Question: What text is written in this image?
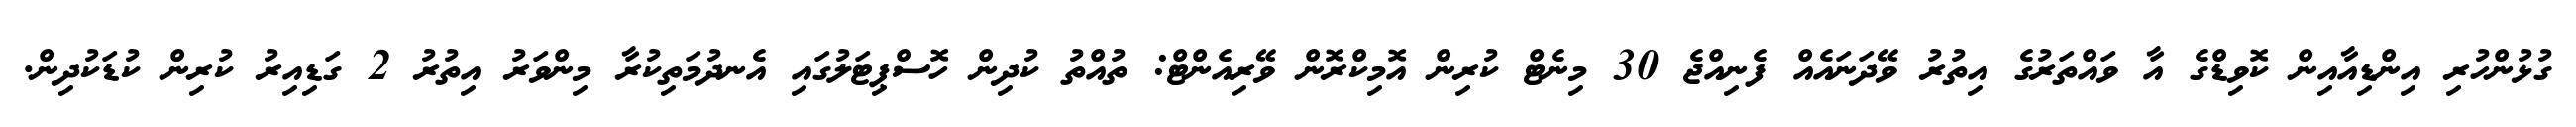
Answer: ގުޅުންހުރި އިންޑިއާއިން ކޮވިޑްގެ އާ ވައްތަރުގެ އިތުރު ވޭދަނައެއް ފެނިއްޖެ 30 މިނެޓް ކުރިން އޮމިކްރޮން ވޭރިއެންޓް: ތުއްތު ކުދިން ހޮސްޕިޓަލުގައި އެނދުމަތިކުރާ މިންވަރު އިތުރު 2 ގަޑިއިރު ކުރިން ކުޑަކުދިން.